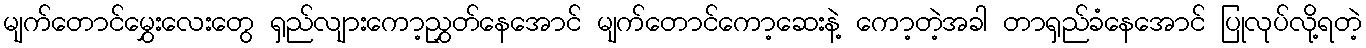
မျက်တောင်မွှေးလေးတွေ ရှည်လျားကော့ညွှတ်နေအောင် မျက်တောင်ကော့ဆေးနဲ့ ကော့တဲ့အခါ တာရှည်ခံနေအောင် ပြုလုပ်လို့ရတဲ့